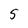
Character: 5